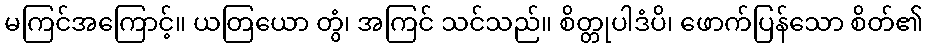
မကြင်အကြောင့်။ ယတြယော တွံ၊ အကြင် သင်သည်။ စိတ္တုပါဒံပိ၊ ဖောက်ပြန်သော စိတ်၏